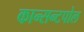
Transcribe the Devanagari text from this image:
कान्सन्टपोल